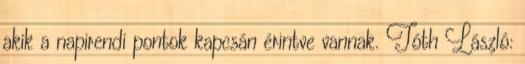
akik a napirendi pontok kapcsán érintve vannak. Tóth László: